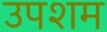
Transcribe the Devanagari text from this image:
उपशम